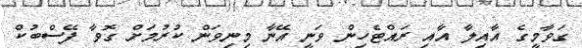
ގަވާމީގެ އާއިލާ އާއި ރައްޓެހިން ވަނީ އޭނާ މިނިވަން ކުރުމަށް ގޮވާ ފޭސްބުކް